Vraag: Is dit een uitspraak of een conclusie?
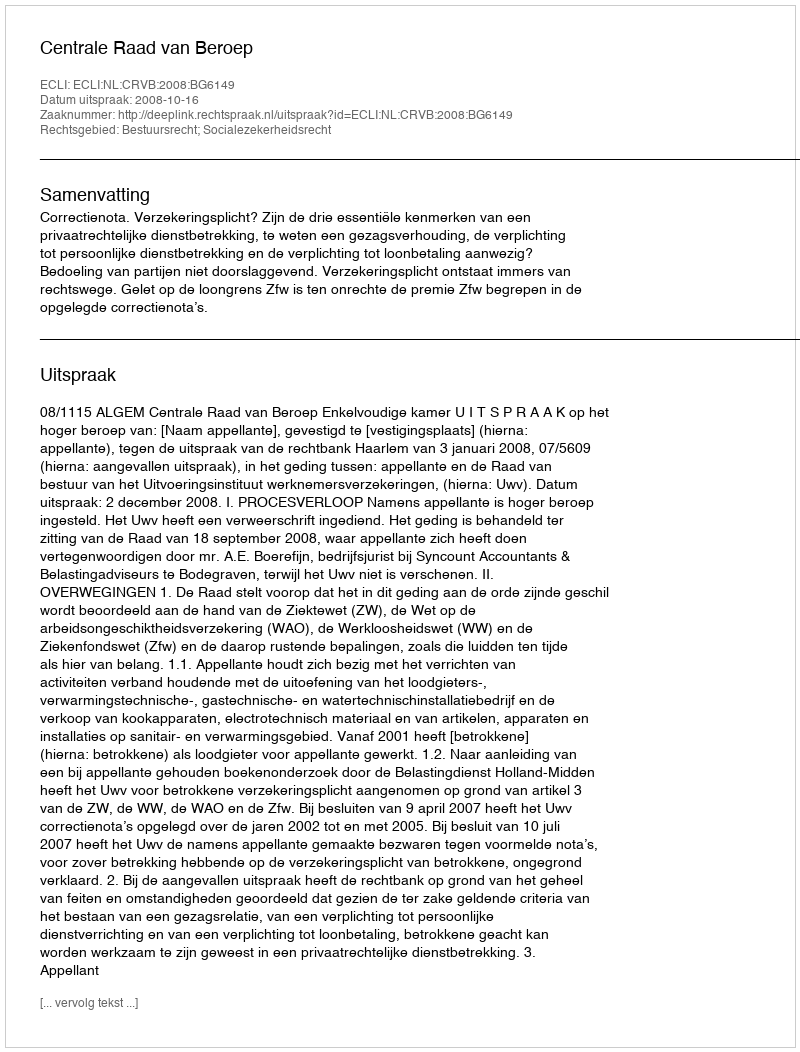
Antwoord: Uitspraak